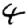
Digit: 4